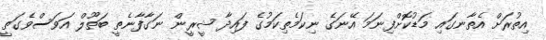
އިތުރަށް އެތާނގައި މަޑުކޮށްފިނަމަ އޭނަގެ ނިކަމެތިކަމުގެ ފައިދާ ޝީރީން ނަގާފާނެތީ ބަތޫލް އަވަސްވެގަތީ